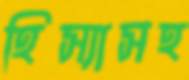
হিস্যাসহ